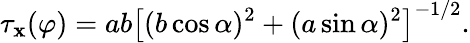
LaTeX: \tau_{\mathbf{x}}(\varphi)={ab}\left[(b\cos\alpha)^{2}+(a\sin\alpha)^{2}\right]^{-1/2}.